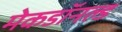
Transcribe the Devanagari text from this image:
मेकडॉनल्ड